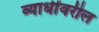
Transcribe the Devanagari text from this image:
व्याधींवरील